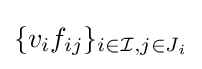
\{v_{i}f_{ij}\}_{i\in {\mathcal {I}},j\in J_{i}}